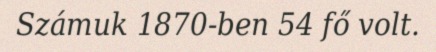
Számuk 1870-ben 54 fő volt.